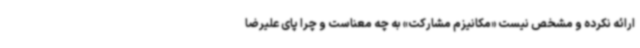
ارائه نکرده و مشخص نیست «مکانیزم مشارکت» به چه معناست و چرا پای علیرضا